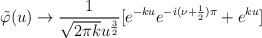
\begin{align*}\tilde{\varphi }(u)\rightarrow \frac{1}{\sqrt{2\pi k}u^{\frac{3}{2}}}[e^{-ku}e^{-i(\nu +\frac{1}{2})\pi }+e^{ku}]\end{align*}